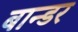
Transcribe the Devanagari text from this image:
बान्डर